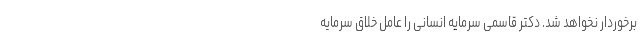
برخوردار نخواهد شد. دکتر قاسمی سرمایه­ انسانی را عامل خلاق سرمایه